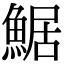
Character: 䱟